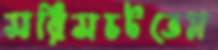
সরিসচটতেম